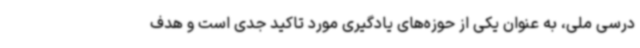
درسی ملی، به عنوان یکی از حوزه‌های یادگیری مورد تاکید جدی است و هدف